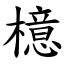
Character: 檍